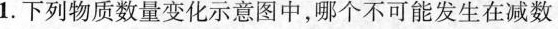
1.下列物质数量变化示意图中，哪个不可能发生在减数